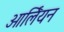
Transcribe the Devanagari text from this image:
ओर्लियन